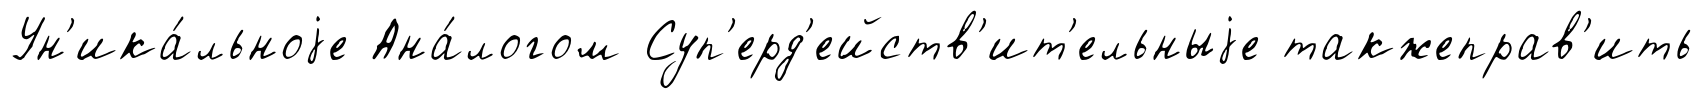
Ун'ика́льноjе Ана́логом Суп'ерд'ейств'ит'ельныjе такжеправ'ить